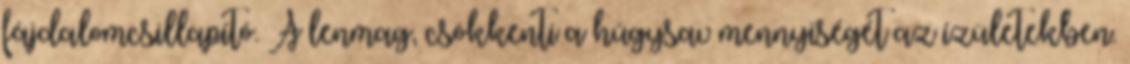
fájdalomcsillapító. A lenmag, csökkenti a húgysav mennyiségét az ízületekben.